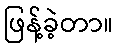
ဖြန့်ခဲ့တာ။